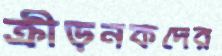
ক্রীড়নকদের